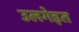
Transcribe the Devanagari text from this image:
उलगेइत